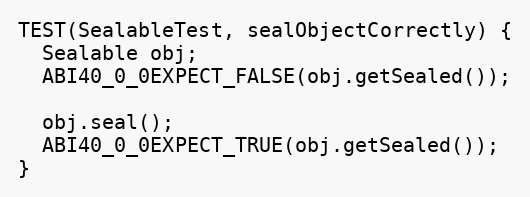
Language: C++
TEST(SealableTest, sealObjectCorrectly) {
  Sealable obj;
  ABI40_0_0EXPECT_FALSE(obj.getSealed());

  obj.seal();
  ABI40_0_0EXPECT_TRUE(obj.getSealed());
}